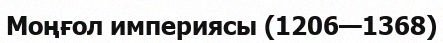
Моңғол империясы (1206—1368)